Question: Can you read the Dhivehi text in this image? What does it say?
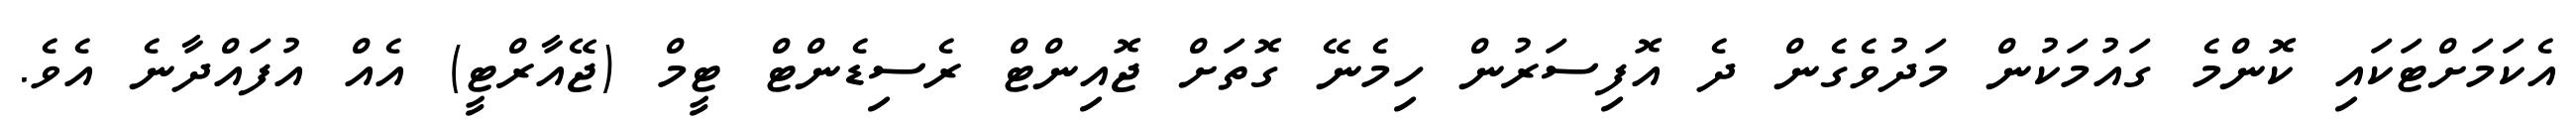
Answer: އެކަމަށްޓަކައި ކޮންމެ ގައުމަކުން މަދުވެގެން ދެ އޮފިސަރުން ހިމެނޭ ގޮތަށް ޖޮއިންޓް ރެސިޑެންޓް ޓީމް (ޖޭއާރްޓީ) އެއް އުފައްދާނެ އެވެ.